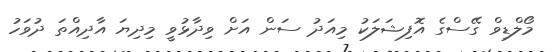
މޯލްޑިވް ގޭސްގެ އޮފިޝަލަކު މިއަދު ސަން އަށް ވިދާޅުވީ މިދިޔަ އާދިއްްތަ ދުވަހު